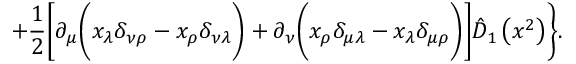
+ \frac 1 2 \Biggl [ \partial _ { \mu } \Biggl ( x _ { \lambda } \delta _ { \nu \rho } - x _ { \rho } \delta _ { \nu \lambda } \Biggr ) + \partial _ { \nu } \Biggl ( x _ { \rho } \delta _ { \mu \lambda } - x _ { \lambda } \delta _ { \mu \rho } \Biggr ) \Biggr ] \hat { D } _ { 1 } \left( x ^ { 2 } \right) \Biggr \} .